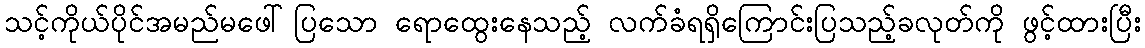
သင့်ကိုယ်ပိုင်အမည်မဖေါ်ပြသော ရောထွေးနေသည့် လက်ခံရရှိကြောင်းပြသည့်ခလုတ်ကို ဖွင့်ထားပြီး